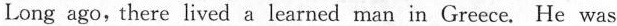
Long ago, there lived a learned man in Greece. He was